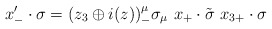
\begin{align*}x^{\prime}_{-}\cdot\sigma=(z_{3}\oplus i(z))^{\mu}_{-} \sigma_{\mu}\ x_{+}\cdot\tilde{\sigma}\ x_{3+}\cdot\sigma\end{align*}